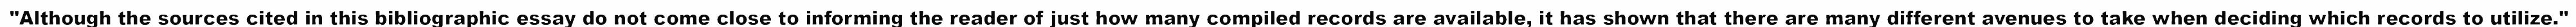
"Although the sources cited in this bibliographic essay do not come close to informing the reader of just how many compiled records are available, it has shown that there are many different avenues to take when deciding which records to utilize."